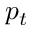
p _ { t }